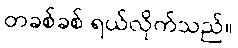
တခစ်ခစ် ရယ်လိုက်သည်။